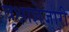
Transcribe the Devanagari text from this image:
वृक्षाशेजारी